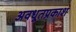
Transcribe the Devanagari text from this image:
अवधूतप्रकाश